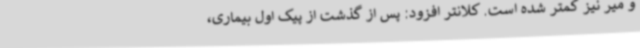
و میر نیز کمتر شده است. کلانتر افزود: پس از گذشت از پیک اول بیماری،